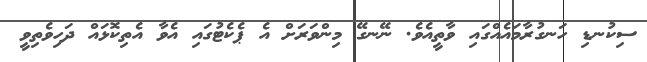
ސިކުނޑި ހަނގުރާމައެއްގައި ވާތީއެވެ. ނޭނގޭ މިންވަރަށް އެ ޕެކެޓުގައި އެވާ އެތިކޮޅައް ދަހިވެތިވީ